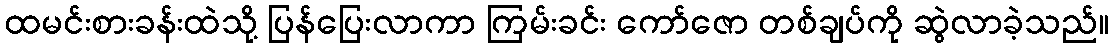
ထမင်းစားခန်းထဲသို့ ပြန်ပြေးလာကာ ကြမ်းခင်း ကော်ဇော တစ်ချပ်ကို ဆွဲလာခဲ့သည်။